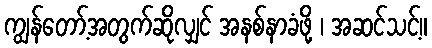
ကျွန်တော့်အတွက်ဆိုလျှင် အနစ်နာခံဖို့ ၊ အဆင်သင့်။